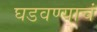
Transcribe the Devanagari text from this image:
घडवण्याचं